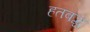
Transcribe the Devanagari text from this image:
हतबद्ध